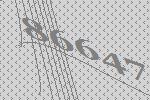
86647